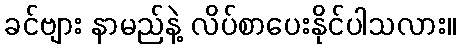
ခင်ဗျား နာမည်နဲ့ လိပ်စာပေးနိုင်ပါသလား။